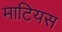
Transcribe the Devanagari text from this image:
माटियस